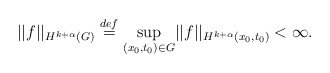
\begin{align*}||f||_{H^{k+\alpha}(G)}\overset{def}{=} \underset{(x_0,t_0)\in G}{\sup} ||f||_{H^{k+\alpha}(x_0,t_0)} <\infty.\end{align*}